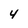
Character: 4